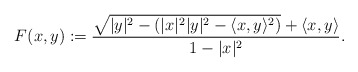
\begin{align*}F(x,y):=\frac{\sqrt{|y|^2-(|x|^2|y|^2-\langle x,y\rangle^2)}+\langle x,y\rangle}{1-|x|^2}.\end{align*}